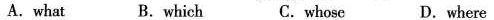
A. what B. which C.whose D.where